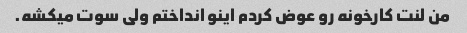
من لنت کارخونه رو عوض کردم اینو انداختم ولی سوت میکشه.